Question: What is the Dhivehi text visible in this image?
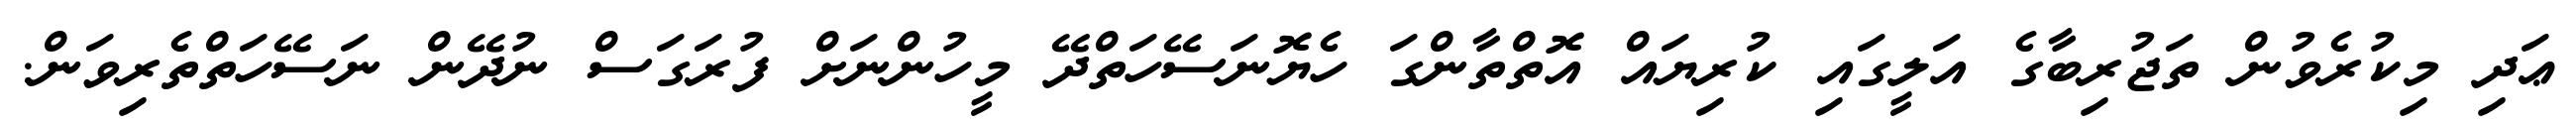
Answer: ޢަދި މިކުރެވުން ތަޖުރިބާގެ އަލީގައި ކުރިޔައް އޮތްތާންގަ ހެޔޮނަސޭހަތްދޭ މީހުންނަށް ފުރަގަސް ނުދޭން ނަސޭހަތްތެރިވަން.